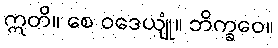
ဣတိ။ စေ ဝဒေယျုံ။ ဘိက္ခဝေ။